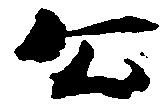
公